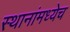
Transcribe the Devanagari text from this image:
स्थानांमध्येच